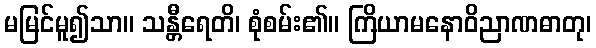
မမြင်မူ၍သာ။ သန္တီရေတိ၊ စုံစမ်း၏။ ကြိယာမနောဝိညာဏဓာတု၊